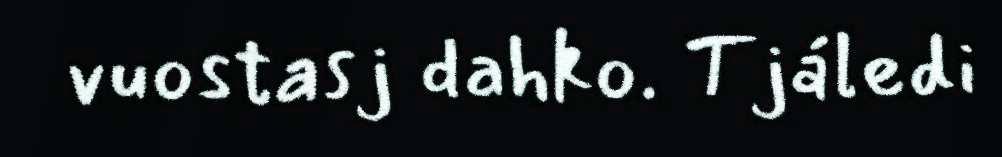
vuostasj dahko. Tjáledi